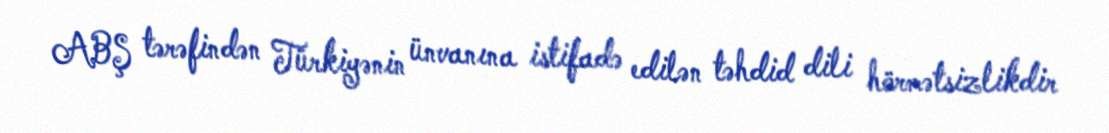
ABŞ tərəfindən Türkiyənin ünvanına istifadə edilən təhdid dili hörmətsizlikdir